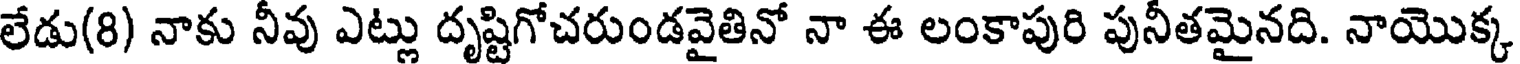
లేడు(8) నాకు నీవు ఎట్లు దృష్టిగోచరుండవైతినో నా ఈ లంకాపురి పునీతమైనది. నాయొక్క